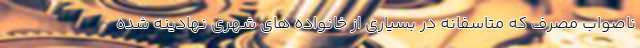
ناصواب مصرف که متاسفانه در بسیاری از خانواده های شهری نهادینه شده